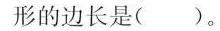
形的边长是()。